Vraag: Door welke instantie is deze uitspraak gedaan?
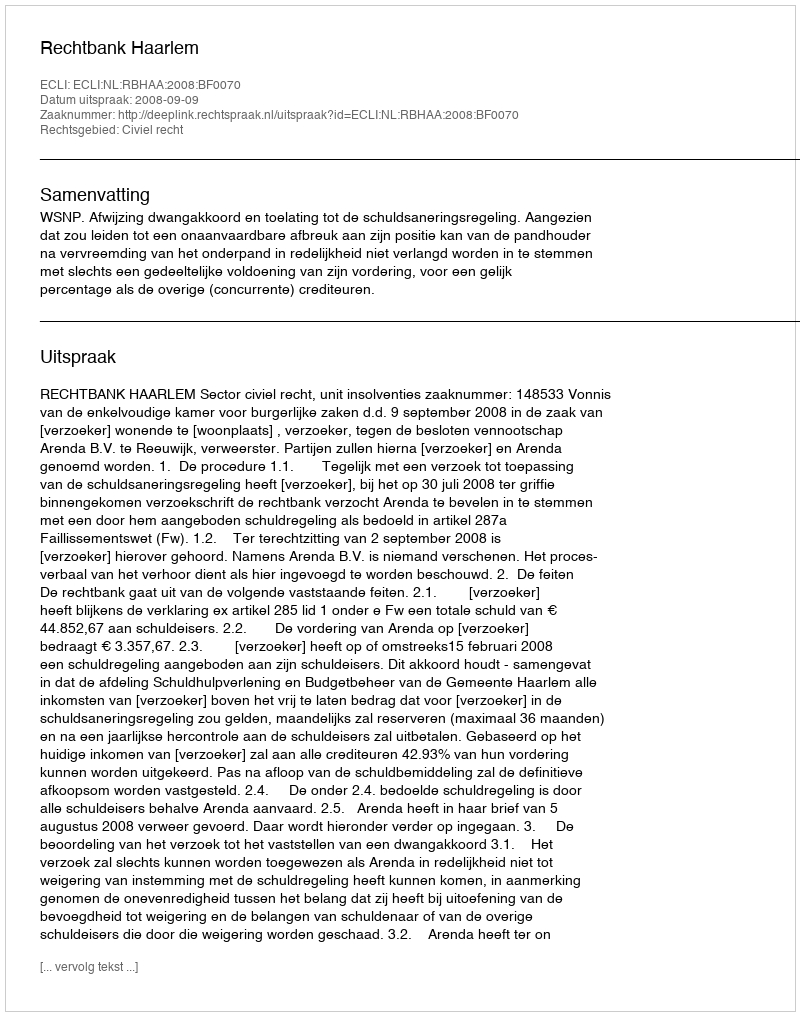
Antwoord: Rechtbank Haarlem